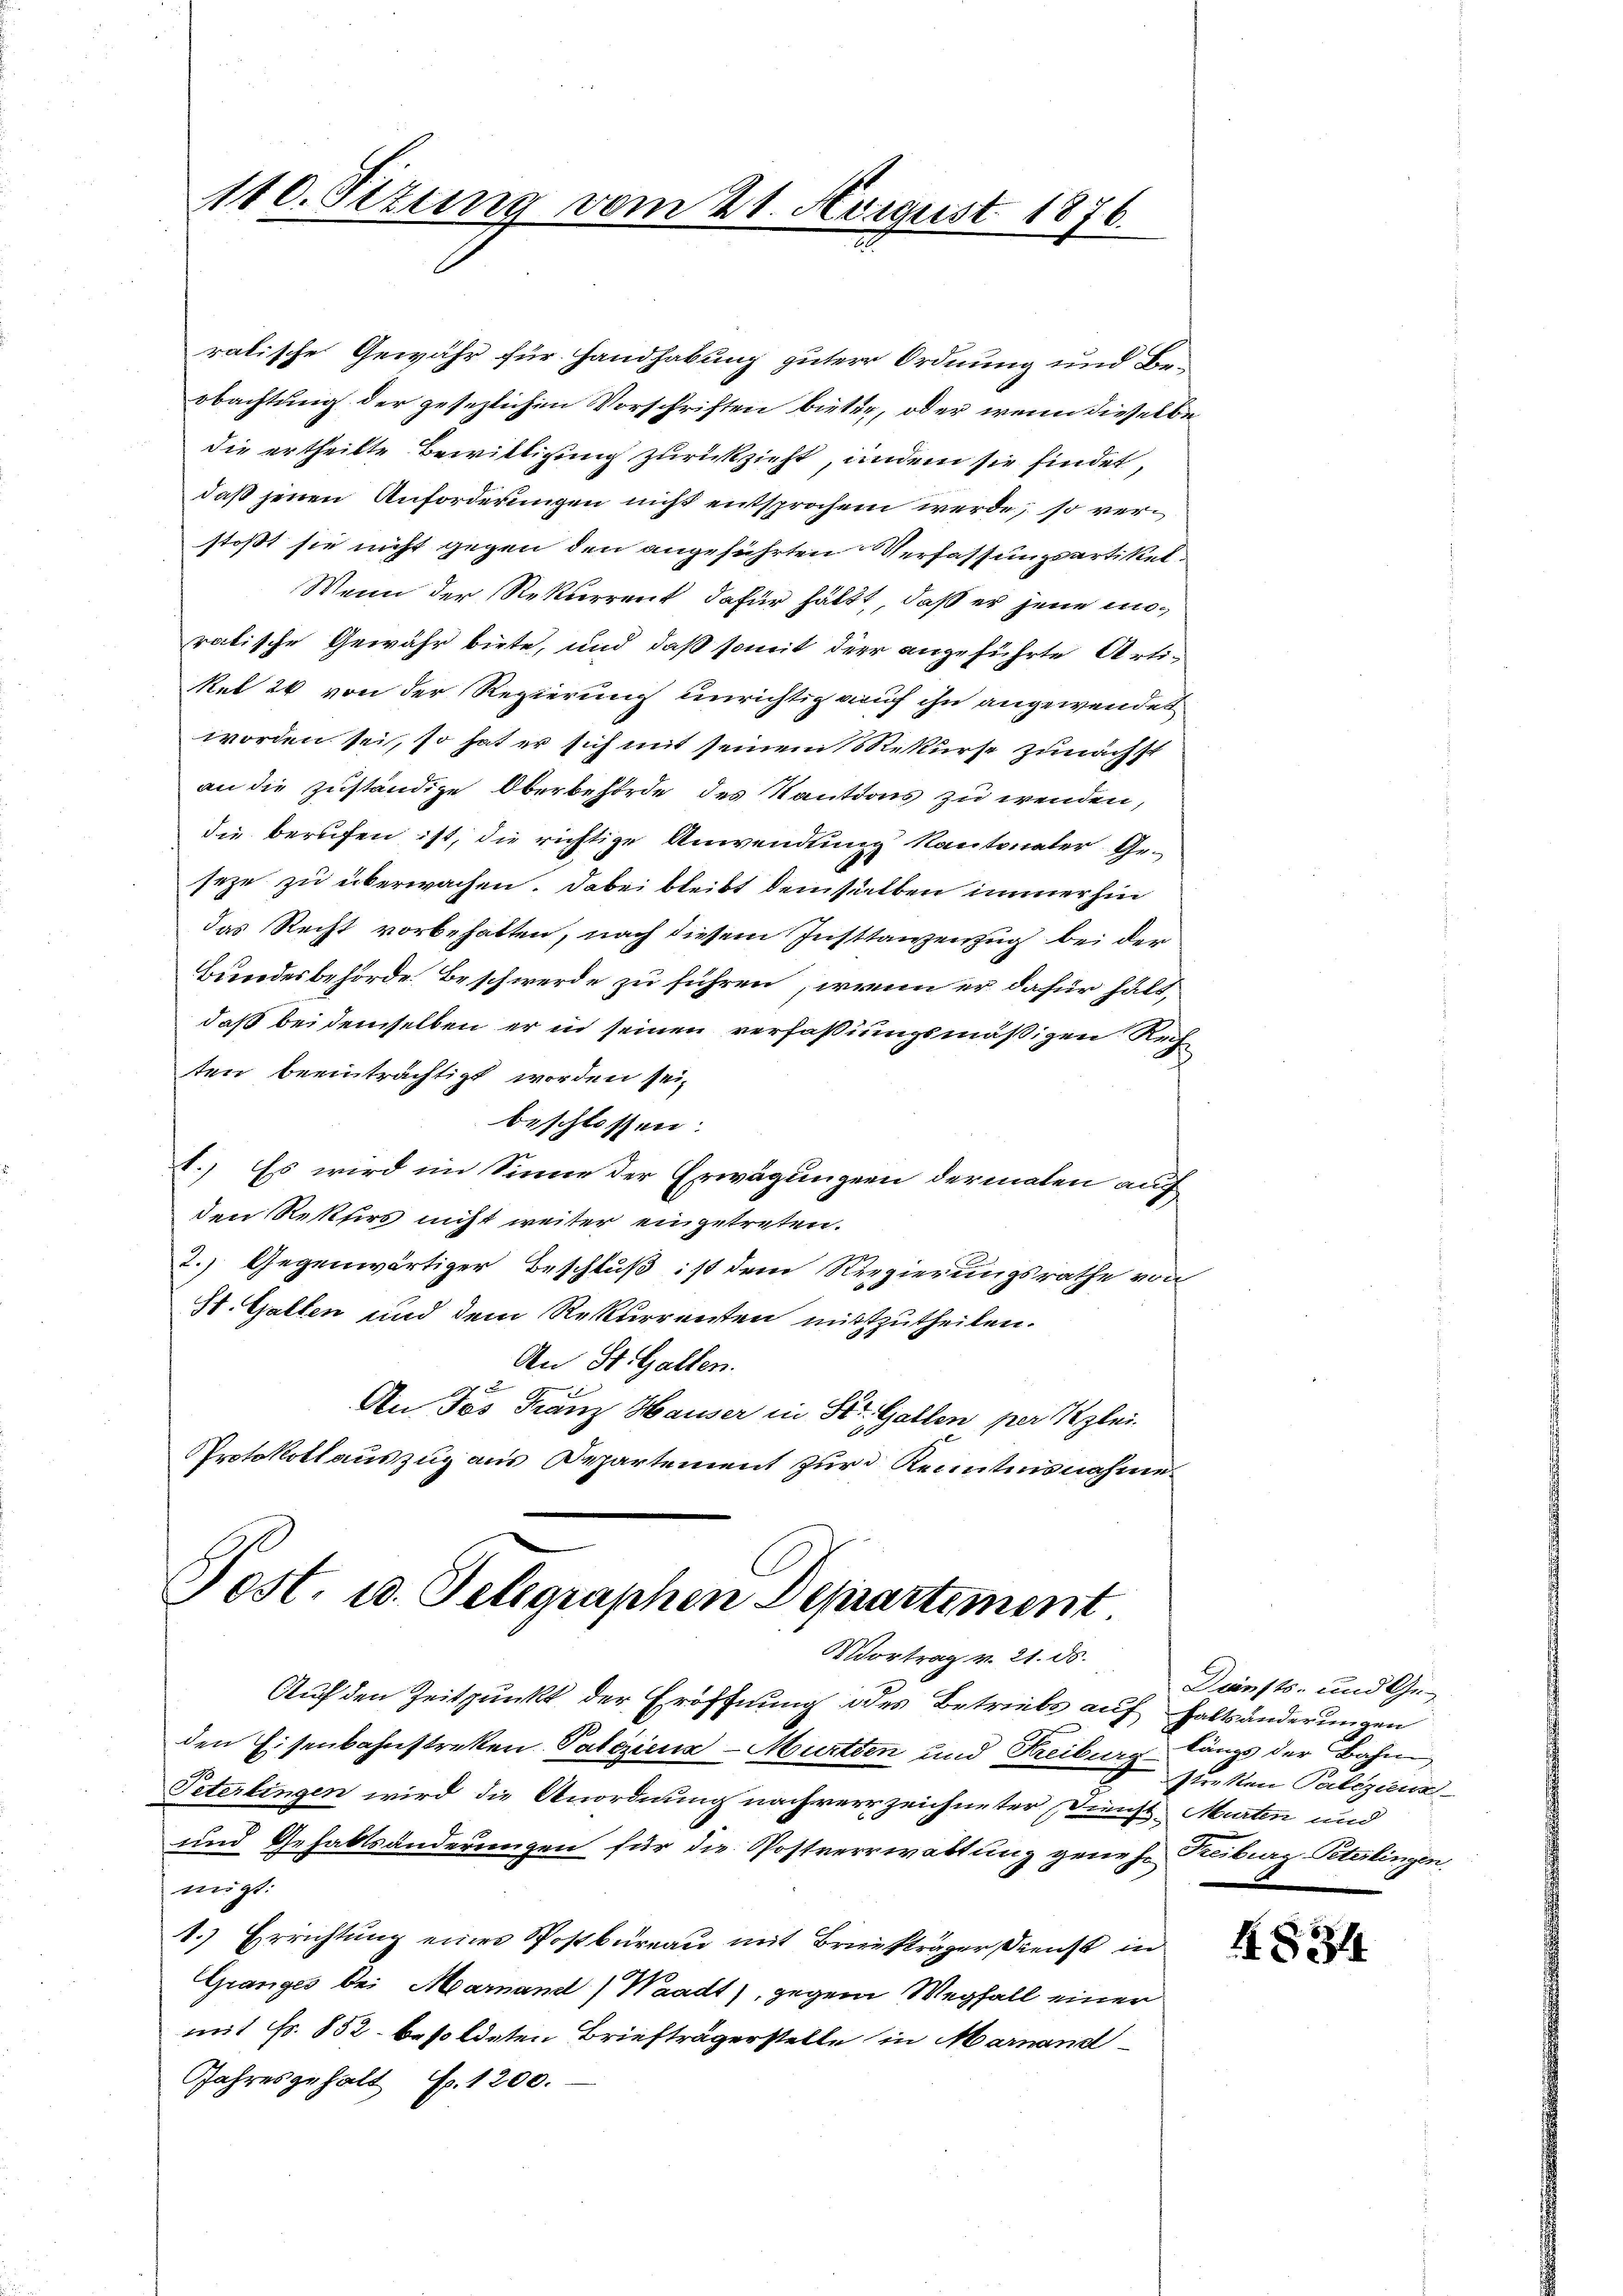
ralische Gewähr für Handhabung guter Ordnung und Beobachtung der gesezlichen Vorschriften bieten, oder wenn dieselbe
die ertheilte Bewilligung zurückzieht, andem sie findet,
daß jenen Anforderungen nicht entsprochen werde, so verstoßt sie nicht gegen den angeführten Verfassungsartikel¬
Wenn der Rekurrent dafür hättt, daß er jene moratische Gewähr biete, und daß somit der angeführte Arti-
Rel 20 von der Regierung unrichtig auf ihn angewendet
worden sei, so hat er sich mit seinem Rekurse zunächst
an die zuständige Oberbehörde des Kautions zu wenden,
die berufen ist, die richtige Anwendung kantonaler Geseze zu überwachen. Dabei bleibt demselben immerhin
das Recht vorbehalten, nach diesem Insttanzenzug bei der
Bundesbehörde Beschwerde zu führen, wenn er dafür hält,
daß bei demselben er in seinen verfaßungsmäßigen Rech
ten beeinträchtigt worden sei,
beschlossen:
1. Es wird im Sinne der Erwägungen dermalen auf
den Refers nicht weiter eingetreten.
2.) Gegenwärtiger Beschluß ist dem Regierungsrathe von
St. Gallen und dem Rekurrenten mitzutheilen.
An St. Gallen.
An Jos Franz Hauser in Str. Gallen per Klei
Protokollauszug aus Departement zur Kenntnisnahme

110. Sizung vom 21. August 1876.

Post. u. Telegraphen Departement.
Vortrag v. 21. ds.

Auf den Zeitpunkt der Eröffnung des Betriebs auf haltsänderungen
den Eisenbahnstreten Paliziena - Murten und Freiburg längs der Bahn
Peterlingen wird die Anordnung nachverrzeichneter Dienst Murten und
und Gehaltsänderungen für die Postverrwattung genehe Reiburg-Peterlingen
migt.
1.) Errichtung eines Sostbureau mit Brückträger Dienst in
Granges bei Marnand (Waadt), gegen Wegfall einer
mit Fr. 852 besoldeten Briefträgerstelle in Mainand
Jahresgehalt Fr. 1200.

Dunsts- und Gestrekten Palizienr.

1834